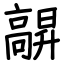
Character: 髜